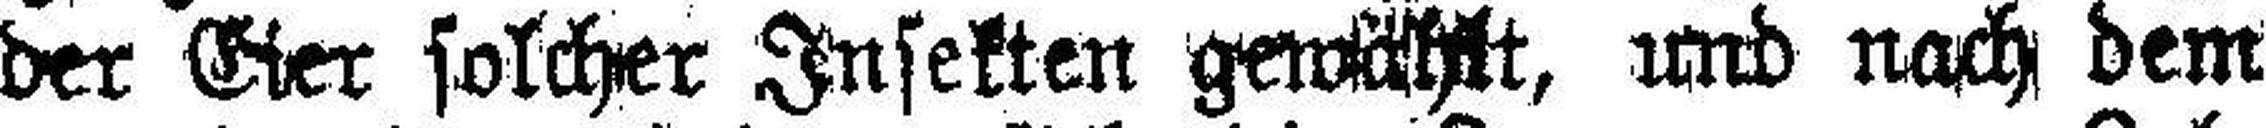
der Eier solcher Insekten gewählt, und nach dem